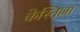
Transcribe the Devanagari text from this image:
केस्तिल्ला